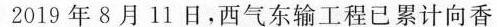
2019年8月11日，西气东输工程已累计向香